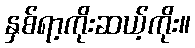
နှစ်ရာ့ကိုးဆယ့်ကိုး။